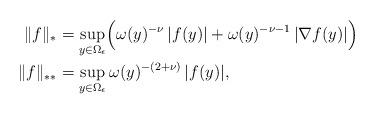
LaTeX: \begin{align*}\Vert f\Vert_{\ast}&=\sup_{y\in\Omega_\epsilon}\Bigl(\omega(y)^{-\nu}\,\vert f(y)\vert+\omega(y)^{-\nu-1}\,\vert \nabla f(y)\vert\Bigr)\\\Vert f\Vert_{\ast\ast}&=\sup_{y\in\Omega_\epsilon}\omega(y)^{-(2+\nu)}\,\vert f(y) \vert,\end{align*}